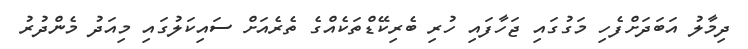
ދިމާލު އަބަދަށްފެހި މަގުގައި ޖަހާފައި ހުރި ބެރިކޭޑްތަކެއްގެ ތެރެއަށް ސައިކަލުގައި މިއަދު މެންދުރު